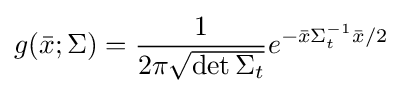
g({\bar {x}};\Sigma )={\frac {1}{2\pi {\sqrt {\operatorname {det} \Sigma _{t}}}}}e^{-{\bar {x}}\Sigma _{t}^{-1}{\bar {x}}/2}